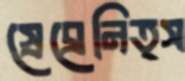
স্রেব্রেনিত্স